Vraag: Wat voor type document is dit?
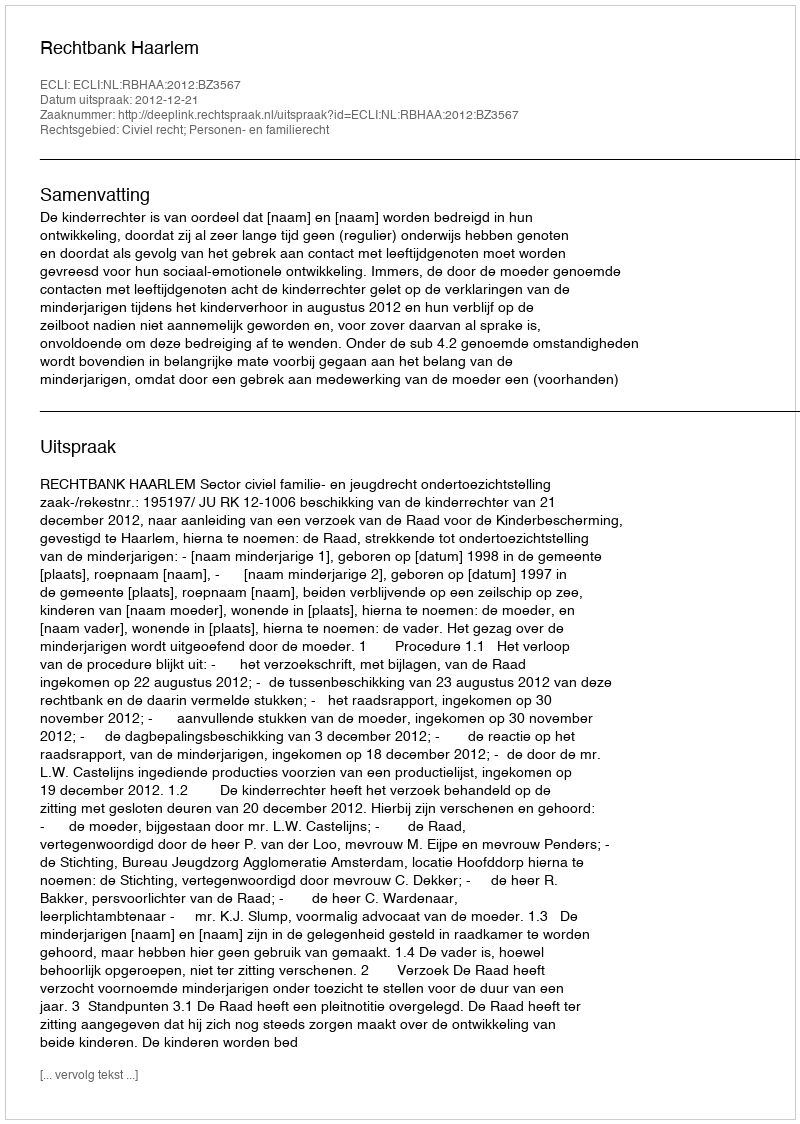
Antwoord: Uitspraak